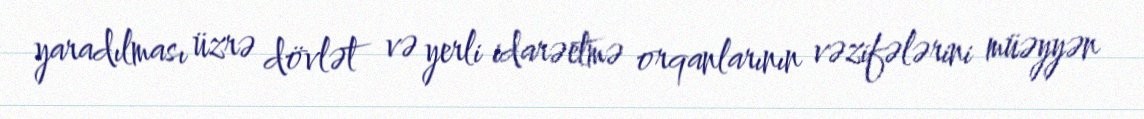
yaradılması üzrə dövlət və yerli idarəetmə orqanlarının vəzifələrini müəyyən